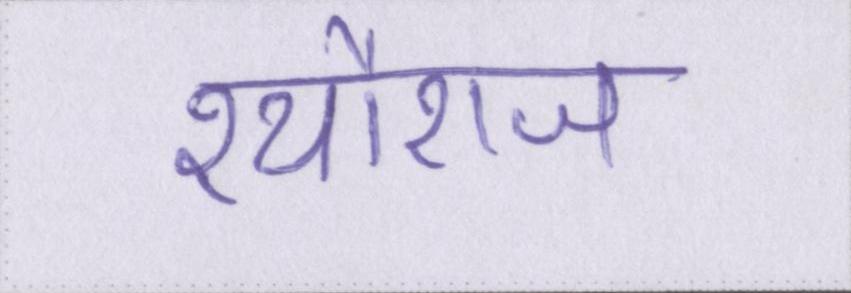
श्यौराज